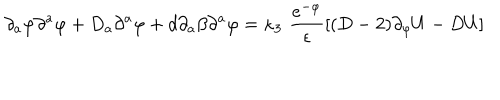
\partial _ { a } \varphi \partial ^ { a } \varphi + D _ { a } \partial ^ { a } \varphi + d \partial _ { a } \beta \partial ^ { a } \varphi = \kappa _ { 3 } \, \, \frac { e ^ { - \varphi } } \epsilon [ ( D - 2 ) \partial _ { \varphi } U - D U ]